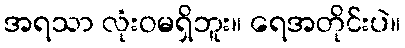
အရသာ လုံးဝမရှိဘူး။ ရေအတိုင်းပဲ။